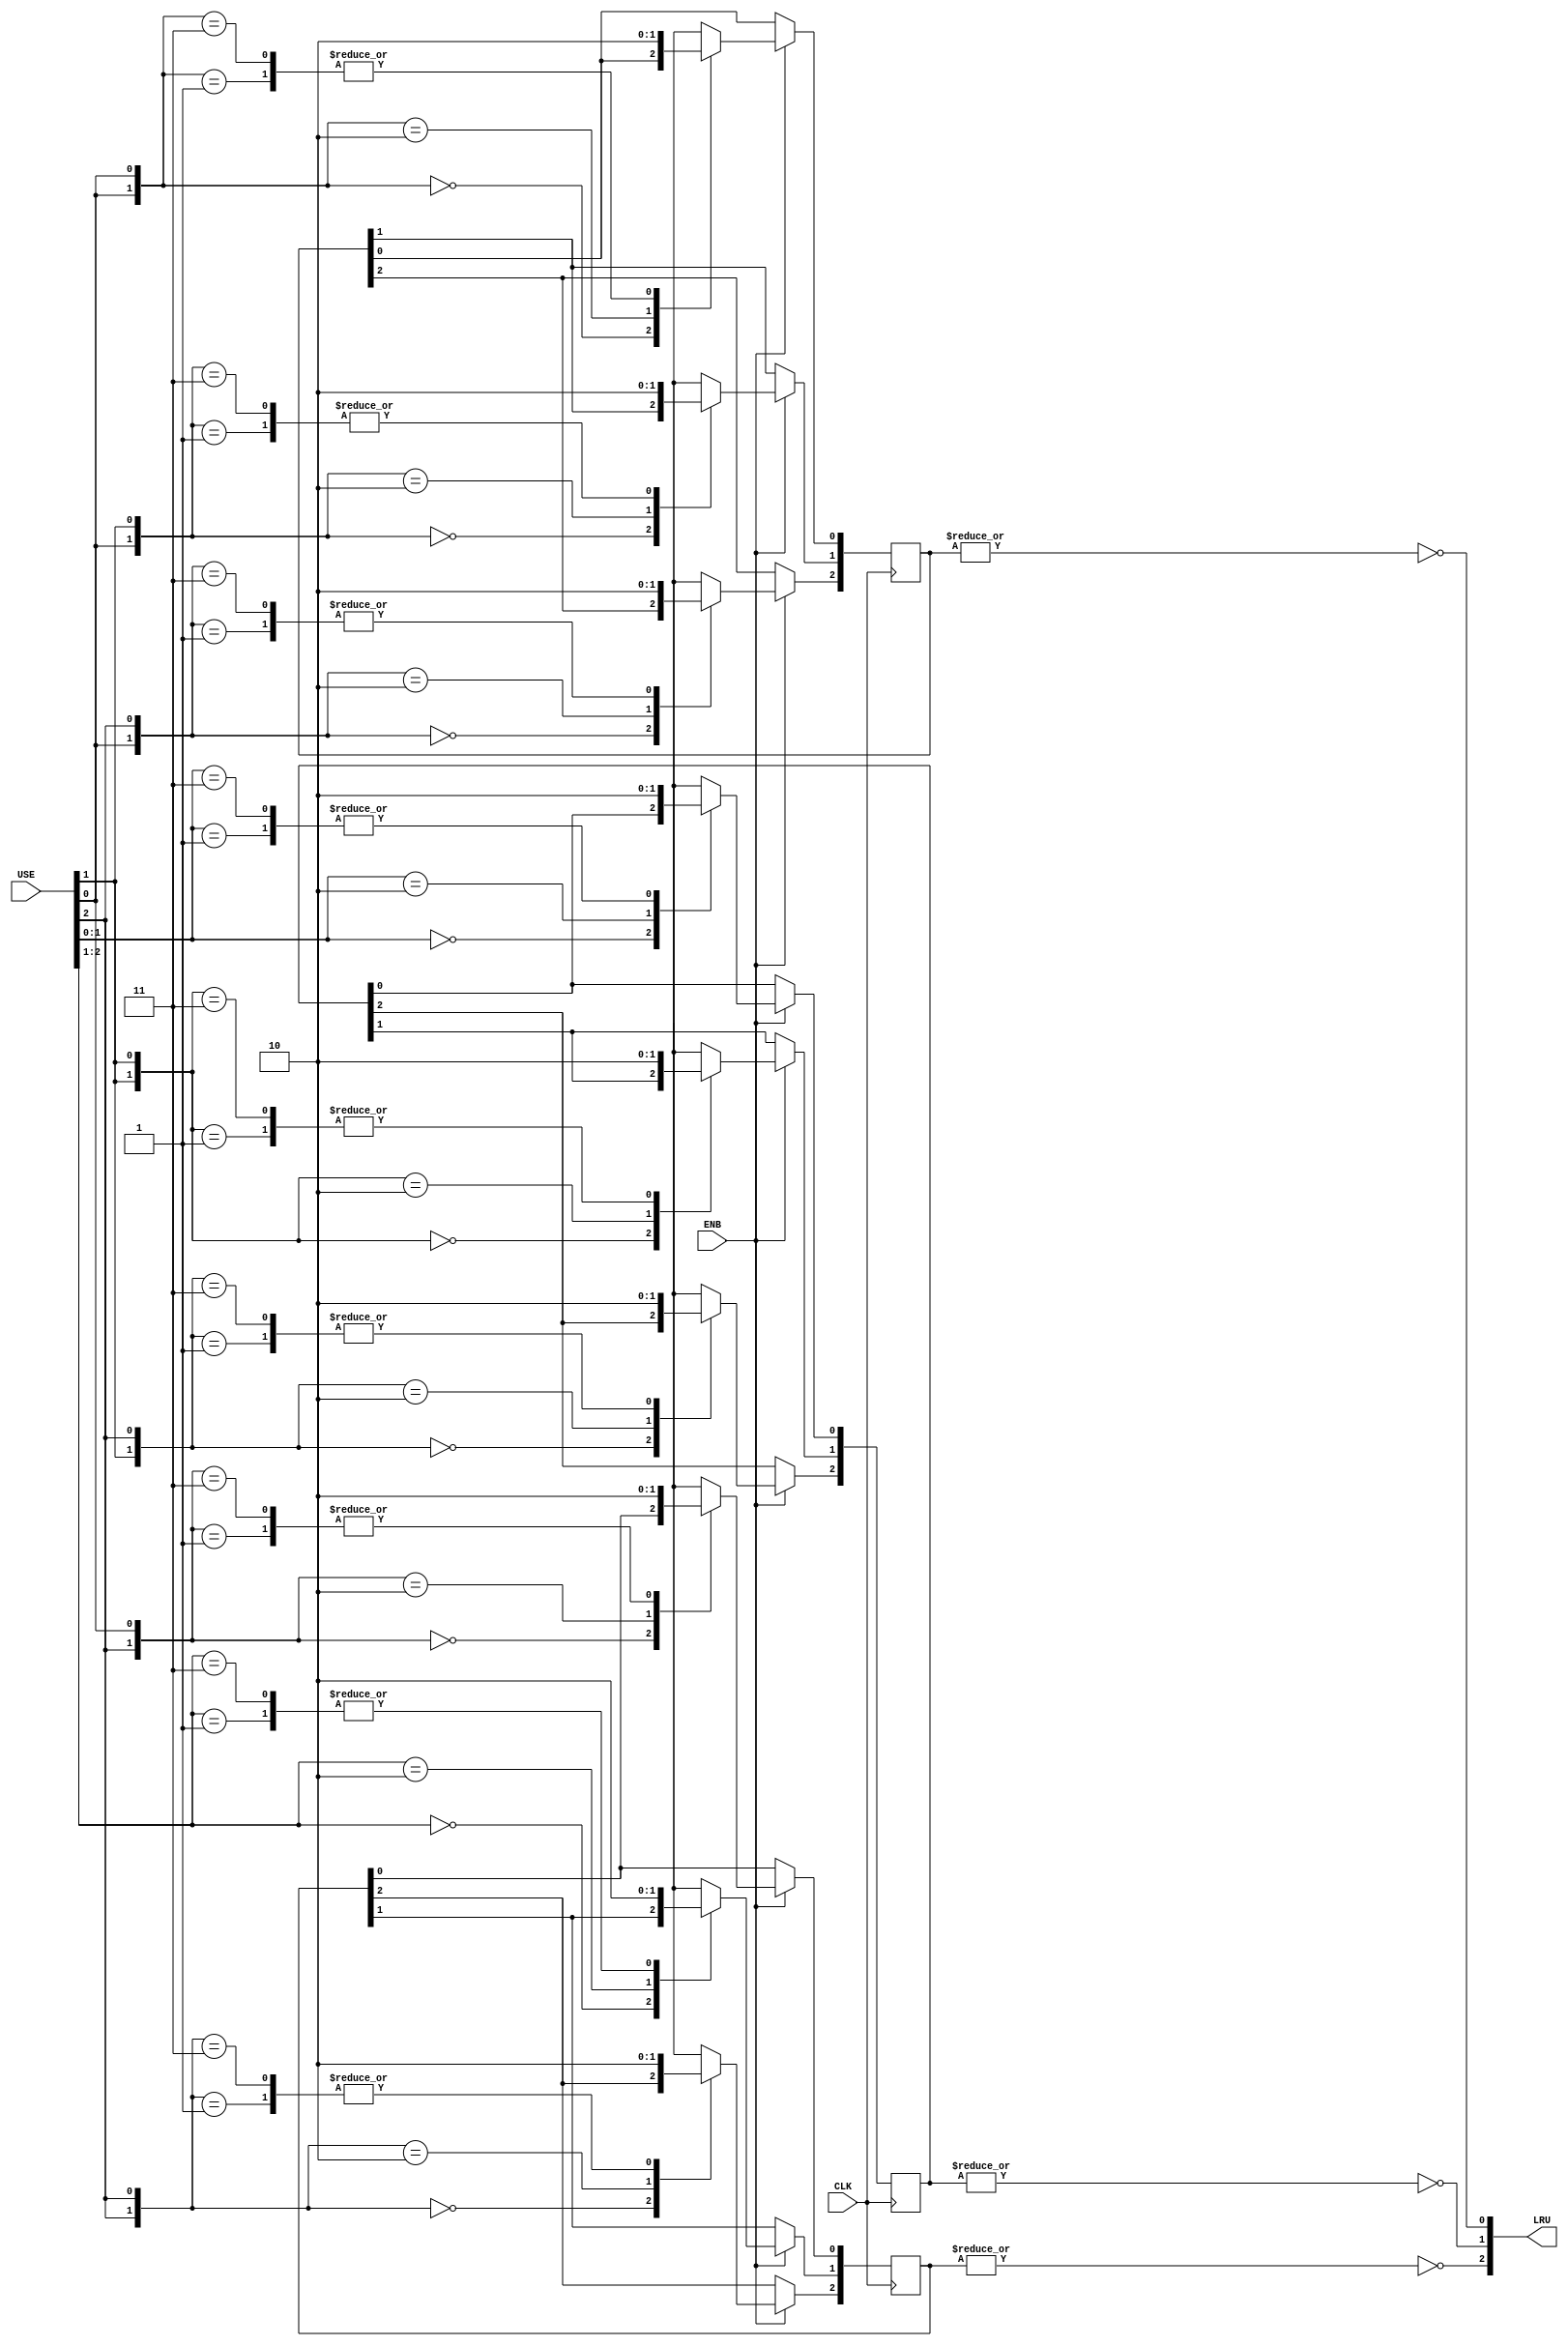
`timescale 1ns / 1ps
//////////////////////////////////////////////////////////////////////////////////
// Company: 
// Engineer: 
// 
// Design Name: 
// Module Name: LRU
// Project Name: 
// Target Devices: 
// Tool Versions: 
// Description: 
// 
// Dependencies: 
// 
// Revision:
// Revision 0.01 - File Created
// Additional Comments:
// 
//////////////////////////////////////////////////////////////////////////////////


module LRU #(
        parameter N = 3                 // Number of units
    ) (
        input CLK,
        input ENB,
        input [0 : N - 1] USE,
        output reg [N - 1 : 0] LRU
    );
    
    reg [0 : N - 1] memory [0 : N - 1];
    
    integer i;
    always @(*) begin
        for (i = 0; i < N; i = i + 1) begin
            LRU[N - 1 - i] = !(|(memory[i]));
        end
    end
    
    integer row, col;
    always @(posedge CLK) begin
        if (ENB) begin
            for (row = 0; row < N; row = row + 1) begin
                for (col = 0; col < N; col = col + 1) begin
                    case ({USE[row], USE[col]})
                        2'b00 : memory[row][col] <= memory[row][col];
                        2'b01 : memory[row][col] <= 1'b0;
                        2'b10 : memory[row][col] <= 1'b1;
                        2'b11 : memory[row][col] <= 1'b0;
                    endcase
                end
            end
        end
    end
    
    initial begin
        for (row = 0; row < N; row = row + 1) begin
            for (col = 0; col < N; col = col + 1) begin
                memory[row][col] = (row < col)? 1 : 0;
            end
        end
    end
endmodule

/*
LRU #(
    .N()
) your_instance (
    .CLK(),
    .USE(),
    .LRU()
);
*/